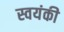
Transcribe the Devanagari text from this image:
स्वयंकी